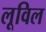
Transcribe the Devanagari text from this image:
लूविल